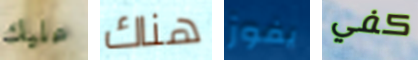
عليك هناك يفوز كفي